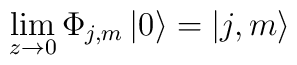
\lim_{z\rightarrow 0}\Phi _{j,m}\left| 0\right\rangle =\left|j,m\right\rangle